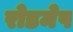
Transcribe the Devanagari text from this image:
रोडमेप